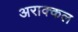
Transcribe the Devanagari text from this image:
अराक्कल